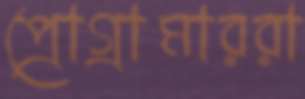
প্রোগ্রামাররা